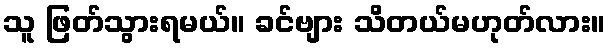
သူ ဖြတ်သွားရမယ်။ ခင်ဗျား သိတယ်မဟုတ်လား။